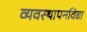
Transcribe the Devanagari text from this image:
व्यवस्थापनविद्या